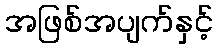
အဖြစ်အပျက်နှင့်